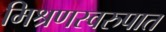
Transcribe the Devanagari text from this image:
मिश्रणस्वरुपात